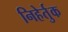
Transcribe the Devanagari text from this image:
निहेर्तुक